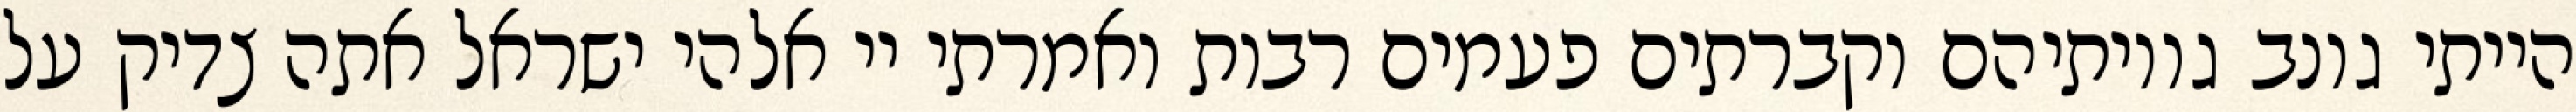
הייתי גונב גויותיהם וקברתים פעמים רבות ואמרתי יי אלהי ישראל אתה צדיק על